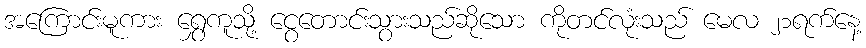
အကြောင်းမူကား ရွှေကူသို့ ငွေတောင်းသွားသည်ဆိုသော ကိုတင်လုံးသည် မေလ ၂၁ရက်နေ့